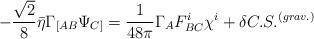
LaTeX: \begin{align*}-{\sqrt 2\over 8}\bar\eta \Gamma_{[AB}\Psi_{C]}=\frac{1}{48\pi}\Gamma_A F^i_{BC}\chi^i+\delta C.S.^{(grav.)}\end{align*}